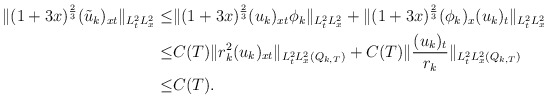
\begin{align*}\begin{aligned}\|(1+3x)^{\frac{2}{3}}(\tilde{u}_k)_{xt}\|_{L^2_tL^2_x}\leq&\|(1+3x)^{\frac{2}{3}}(u_k)_{xt}\phi_k\|_{L^2_tL^2_x}+\|(1+3x)^{\frac{2}{3}}(\phi_k)_x(u_k)_t\|_{L^2_tL^2_x}\\\leq& C(T)\|r_k^2(u_k)_{xt}\|_{L^2_tL^2_x(Q_{k,T})}+C(T)\|\frac{(u_k)_t}{r_k}\|_{L^2_tL^2_x(Q_{k,T})}\\\leq &C(T).\end{aligned}\end{align*}